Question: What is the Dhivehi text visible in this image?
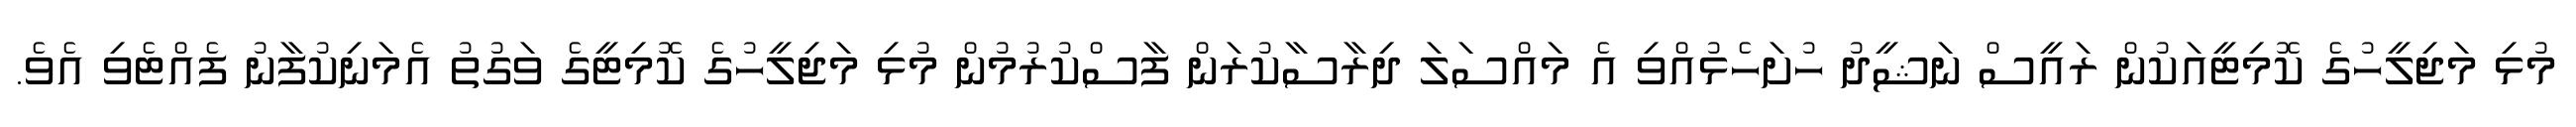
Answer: މުޅި މަޖިލީހުގެ ކޮމިޓީއަކުން ރައީސް ނަޝީދު ހުށަހެޅުއްވި އެ މައްސަލަ ދިރާސާކުރަން ފާސްކުރުމުން މުޅި މަޖިލީހުގެ ކޮމިޓީގެ ވަގުތު އެމަނިކުފާނު ފެއްޓެވި އެވެ.